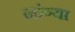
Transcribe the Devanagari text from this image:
नांग्या